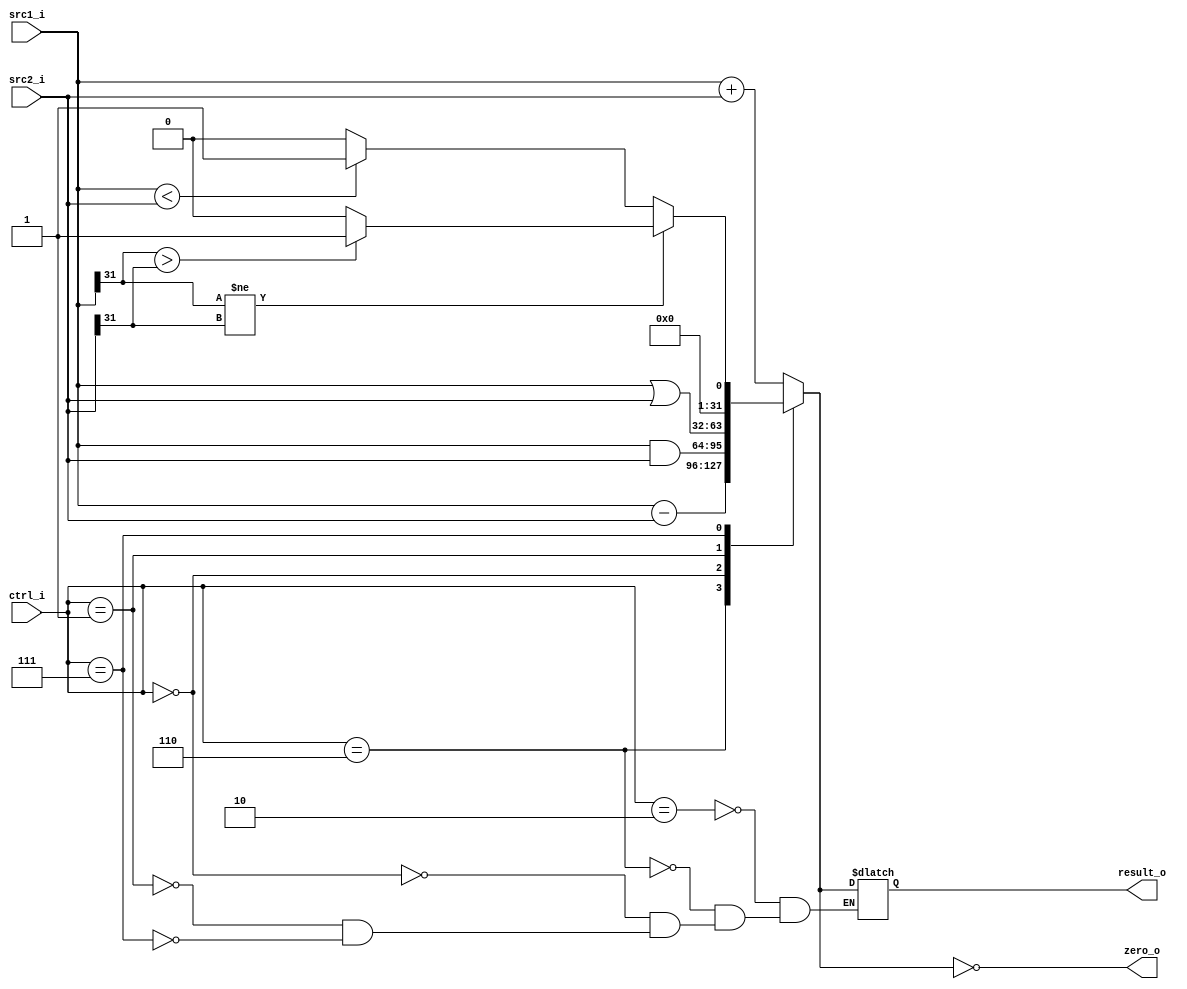
//Subject:     Architecture project 3 - ALU
//--------------------------------------------------------------------------------
//Version:     1
//--------------------------------------------------------------------------------
//Writer:      Zhang Linghao
//----------------------------------------------
//----------------------------------------------
//Description: 
//--------------------------------------------------------------------------------

module ALU(
    src1_i,
	src2_i,
	ctrl_i,
	result_o,
	zero_o
	);
     
//I/O ports
input  [32-1:0]  src1_i;
input  [32-1:0]	 src2_i;
input  [4-1:0]   ctrl_i;

output [32-1:0]	 result_o;
output           zero_o;

//Internal signals
reg    [32-1:0]  result_o;
reg             zero_o;

//Parameter

//Main function
always @(src1_i or src2_i or ctrl_i) begin
    case (ctrl_i)
        // ADD
        4'b0010: result_o = src1_i + src2_i;
        // SUB
        4'b0110: result_o = src1_i - src2_i;
        // AND
        4'b0000: result_o = src1_i & src2_i;
        // OR
        4'b0001: result_o = src1_i | src2_i;
        4'b0111: begin
            if (src1_i[31] != src2_i[31]) begin
                if (src1_i[31] > src2_i[31]) begin
                    result_o = 1;
                end
                else begin
                    result_o = 0;    
                end
            end
            else begin
                if (src1_i < src2_i) begin
                    result_o = 1;
                end
                else begin
                    result_o = 0;    
                end
            end
        end
    endcase
    zero_o = (result_o == 0);
    
    // $display("$In ALU: src1 = %0d", src1_i);
    // $display("$In ALU: src2 = %0d", src2_i);
    // $display("$In ALU: op = %0d", ctrl_i);
    // $display("$In ALU: ret = %0d", result_o);
end

endmodule